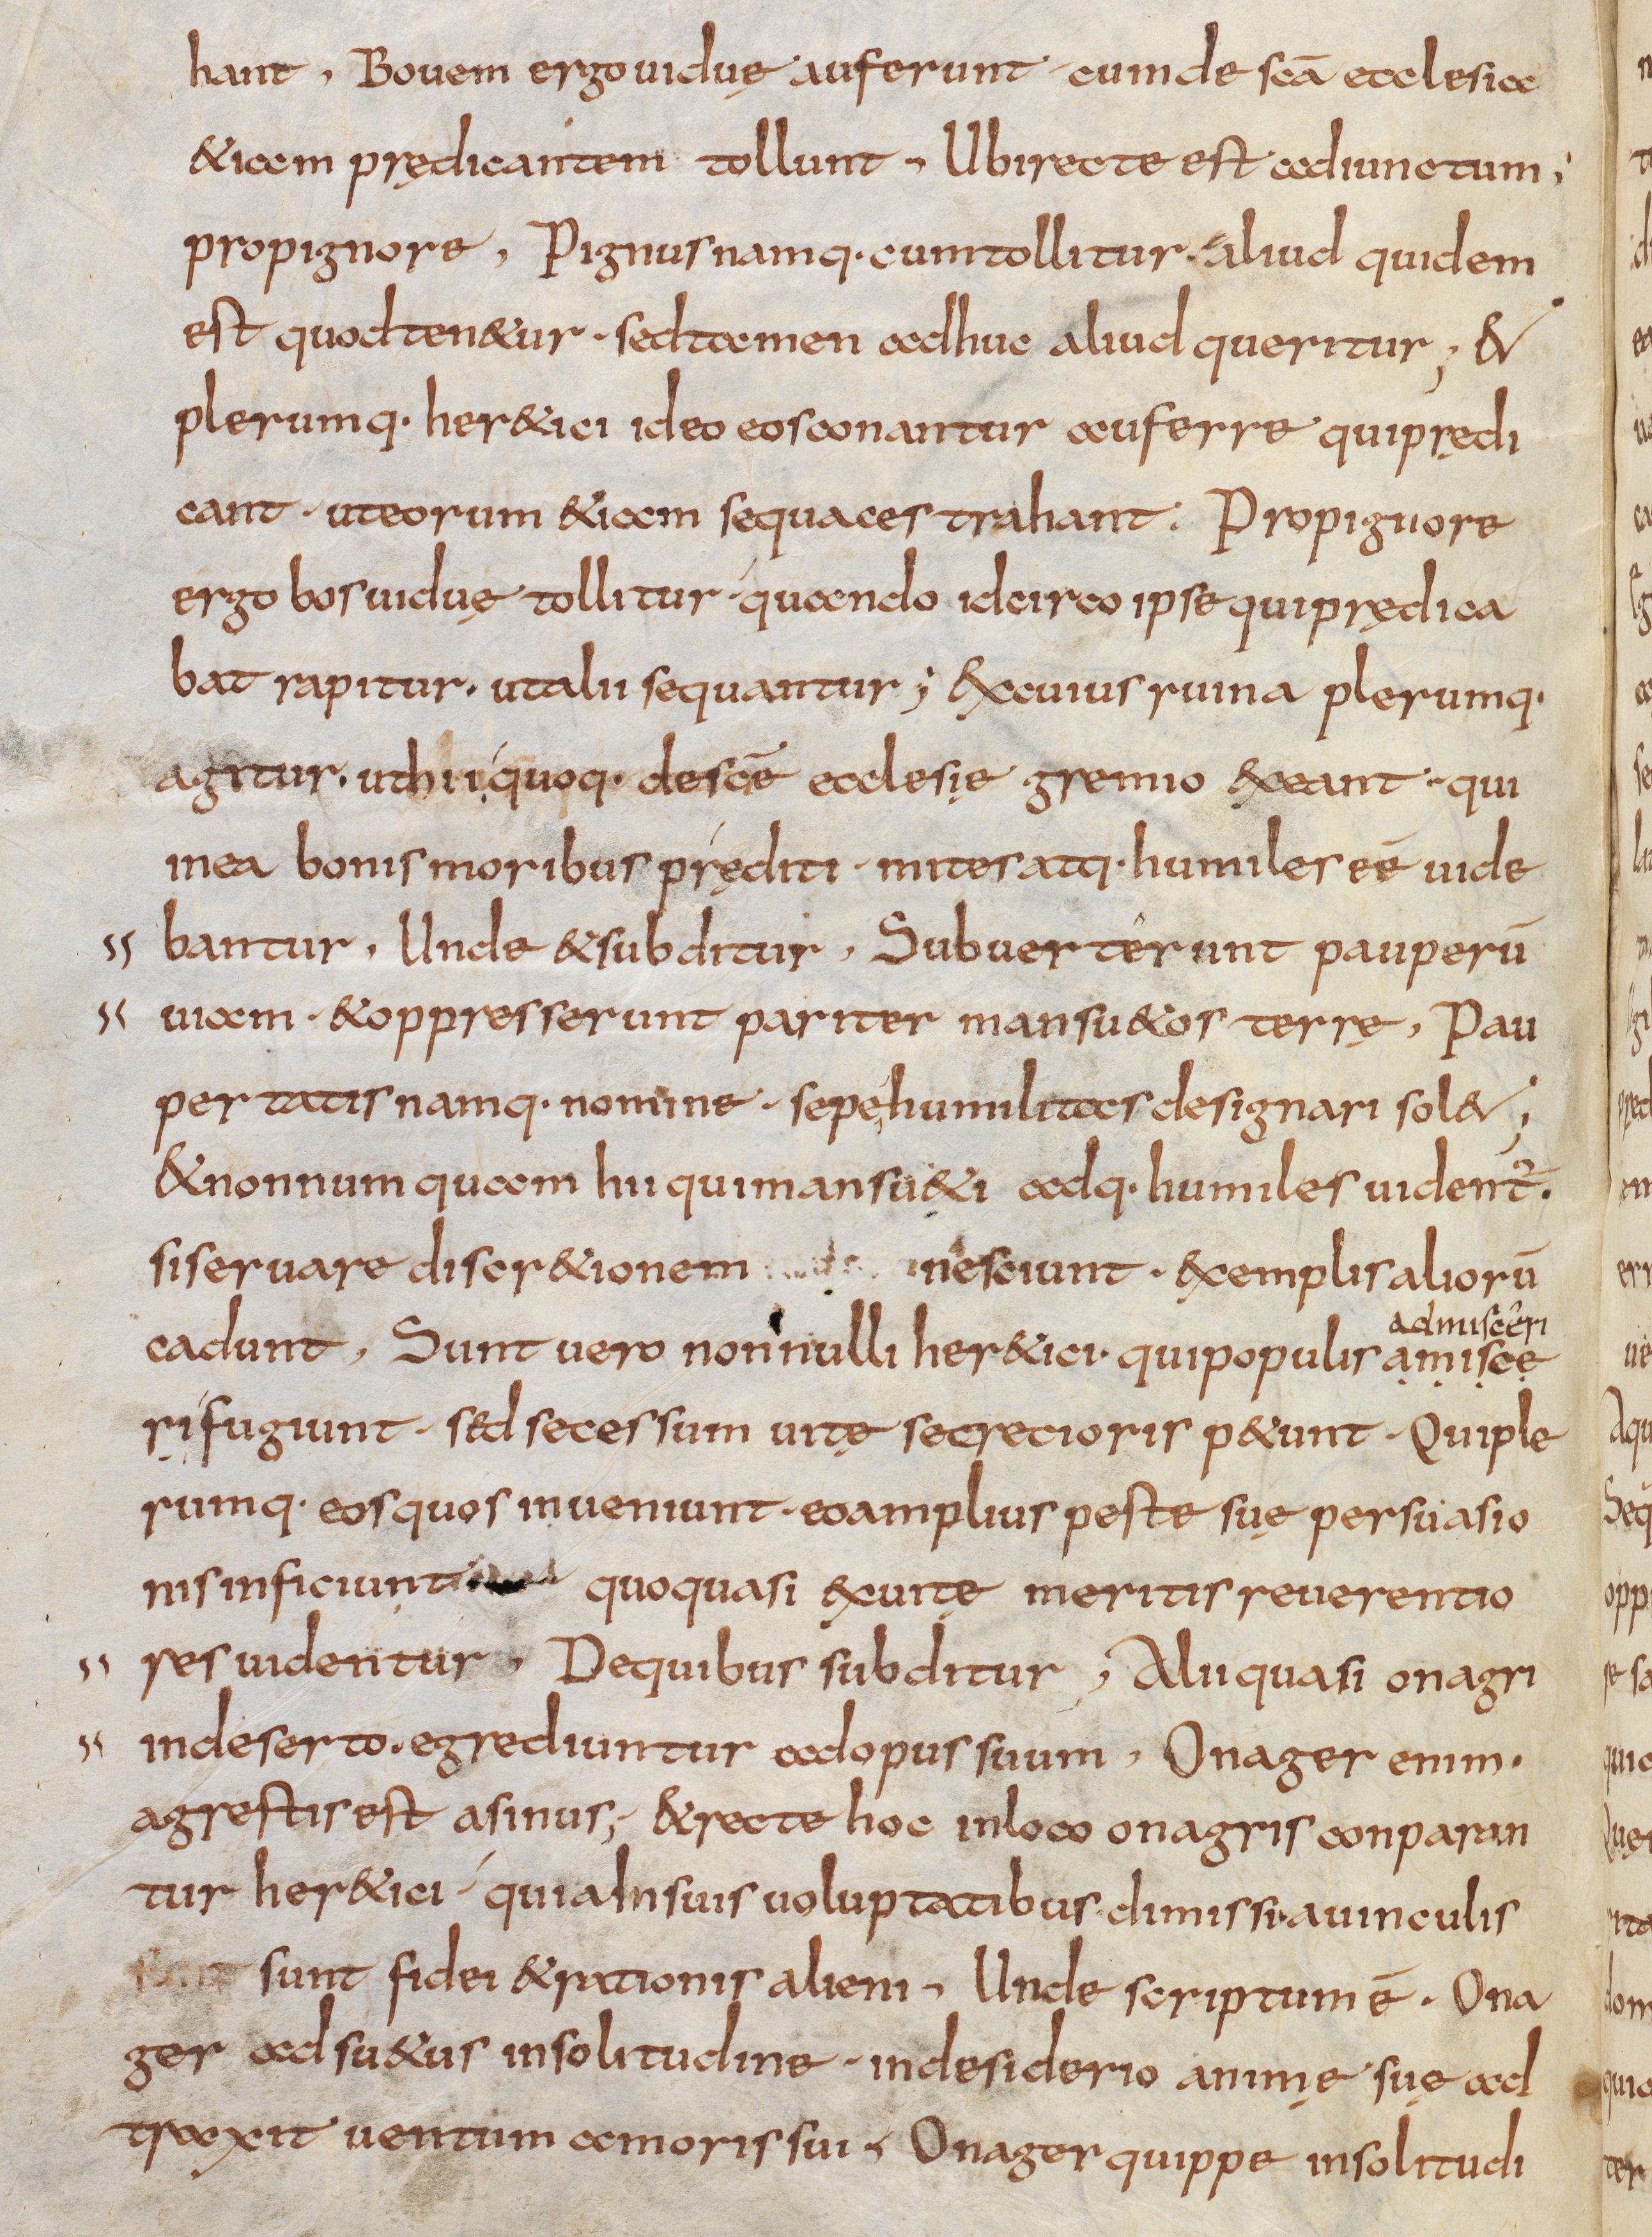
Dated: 800–832